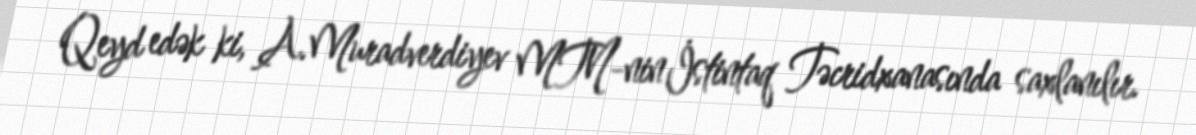
Qeyd edək ki, A.Muradverdiyev MTN-nin İstintaq Təcridxanasında saxlanılır.